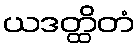
ယဒတ္ထိတံ